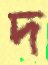
দ